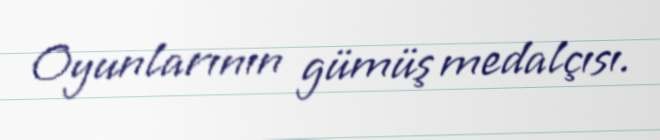
Oyunlarının gümüş medalçısı.